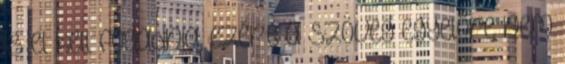
is el kell fogadnia, ezért a szöveg egyelőre nem